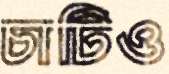
চাটিও